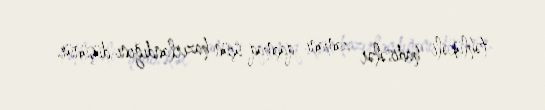
təhlükəli hadisələr zamanı qaçmaq üçün hazırlandığını düşünür.